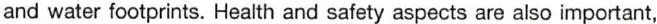
and water footprints. Health and safety aspects are also important,